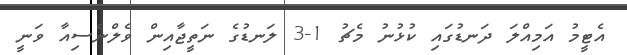
އެޓީމު އަމިއްލަ ދަނޑުގައި ކުޅުނު މެޗު 1-3 ލަނޑުގެ ނަތީޖާއިން ވެލްނެސިއާ ވަނީ